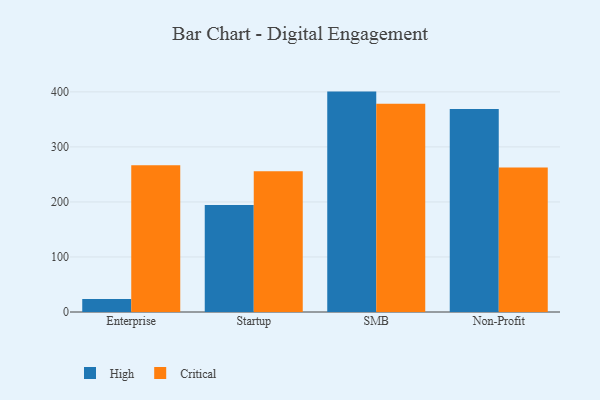
{"axis": {"x": "Segment", "y": "Page Views"}, "legend": ["Critical", "High"], "data": [{"x": "Enterprise", "y": 23.8, "type": "High"}, {"x": "Enterprise", "y": 266.7, "type": "Critical"}, {"x": "Startup", "y": 194.3, "type": "High"}, {"x": "Startup", "y": 255.7, "type": "Critical"}, {"x": "SMB", "y": 400.5, "type": "High"}, {"x": "SMB", "y": 378.2, "type": "Critical"}, {"x": "Non-Profit", "y": 368.9, "type": "High"}, {"x": "Non-Profit", "y": 262.8, "type": "Critical"}]}